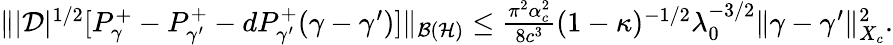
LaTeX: \begin{array}{r}{\| |\mathcal D|^{1/2}[P_{\gamma}^{+}-P_{\gamma^{\prime}}^{+}-dP_{\gamma^{\prime}}^{+}(\gamma-\gamma^{\prime})]\| _{\mathcal{B}(\mathcal{H})}\leq\frac{\pi^{2}\alpha_{c}^{2}}{8c^{3}}(1-\kappa)^{-1/2}\lambda_{0}^{-3/2}\| \gamma-\gamma^{\prime}\| _{X_{c}}^{2}.}\end{array}